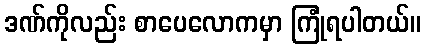
ဒဏ်ကိုလည်း စာပေလောကမှာ ကြုံရပါတယ်။